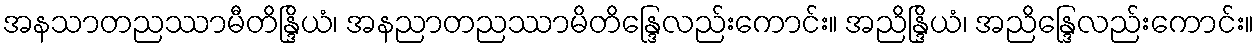
အနသာတညဿာမီတိန္ဒြိယံ၊ အနညာတညဿာမိတိန္ဒြေလည်းကောင်း။ အညိန္ဒြိယံ၊ အညိန္ဒြေလည်းကောင်း။